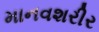
માનવશરીર